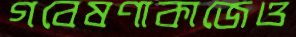
গবেষণাকাজেও